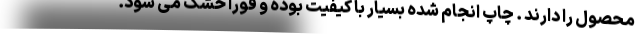
محصول را دارند . چاپ انجام شده بسیار با کیفیت بوده و فورا خشک می شود.